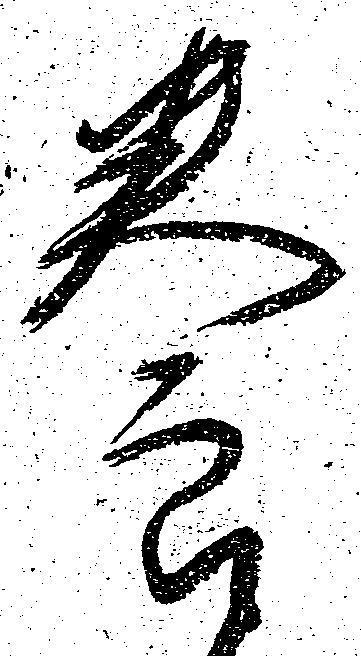
養